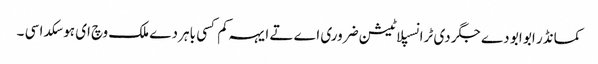
کمانڈر ابو ابو دے جگر دی ٹرانسپلاٹیشن ضروری اے تے ایہہ کم کسی باہر دے ملک وچ ای ہو سکدا سی ۔